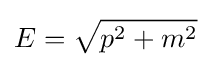
E={\sqrt {p^{2}+m^{2}}}